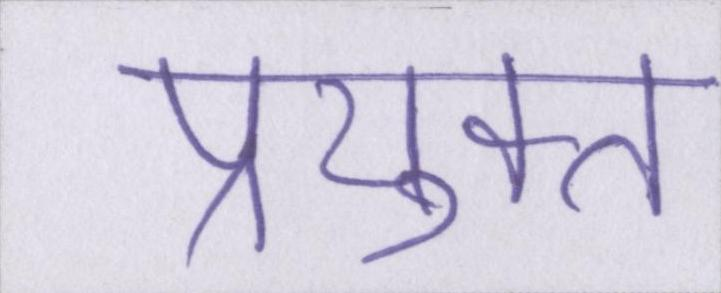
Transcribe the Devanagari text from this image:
प्रयुक्त